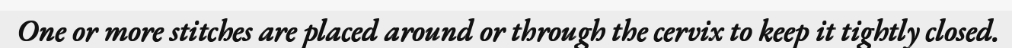
One or more stitches are placed around or through the cervix to keep it tightly closed.